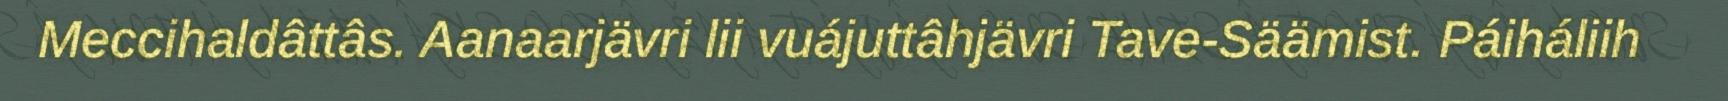
Meccihaldâttâs. Aanaarjävri lii vuájuttâhjävri Tave-Säämist. Páiháliih